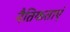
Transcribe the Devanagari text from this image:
नैतिकताएं